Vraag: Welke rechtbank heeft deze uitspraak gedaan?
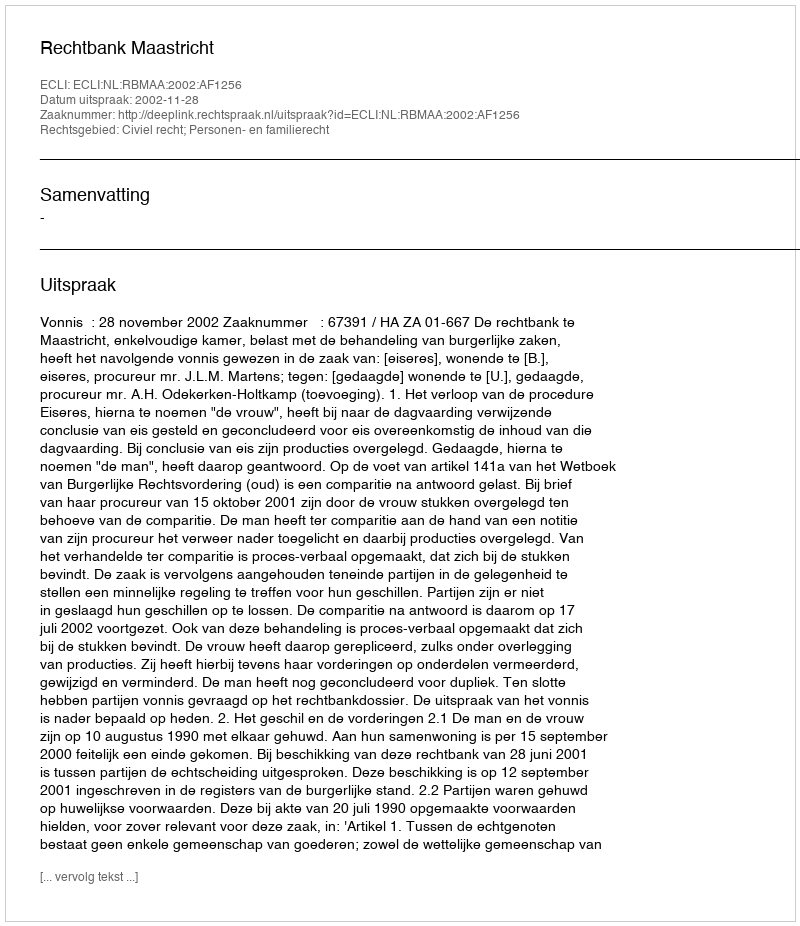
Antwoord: Rechtbank Maastricht